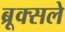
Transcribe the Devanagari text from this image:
ब्रूक्सले